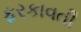
ફરકાવતી